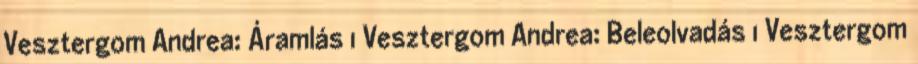
Vesztergom Andrea: Áramlás 1 Vesztergom Andrea: Beleolvadás 1 Vesztergom